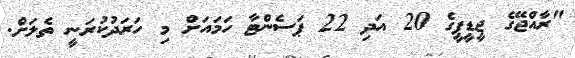
"ރާއްޖޭގެ ޖީޑީޕީގެ 20 އަދި 22 ޕަސެންޓާ ހަމައަށް މި ހަރަދުކުރަނީ ތެލަށް.